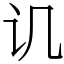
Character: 讥